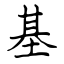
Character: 基